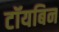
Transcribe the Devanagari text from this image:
टॉयबिन